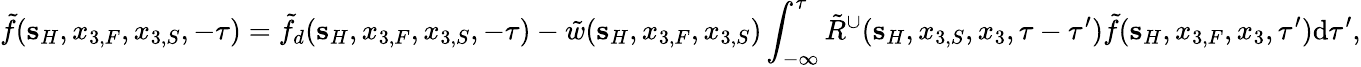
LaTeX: \tilde{f}({\mathbf s}_{H},x_{3,F},x_{3,S},-\tau)=\tilde{f}_{d}({\mathbf s}_{H},x_{3,F},x_{3,S},-\tau)-\tilde{w}({\mathbf s}_{H},x_{3,F},x_{3,S})\int_{-\infty}^{\tau}\tilde{R}^{\cup}({\mathbf s}_{H},x_{3,S},x_{3},\tau-\tau^{\prime})\tilde{f}({\mathbf s}_{H},x_{3,F},x_{3},\tau^{\prime})\mathrm{d}\tau^{\prime},